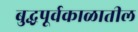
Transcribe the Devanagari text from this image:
बुद्धपूर्वकाळातील